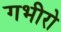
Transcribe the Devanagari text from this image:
गभीरो